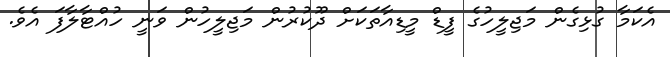
އެކަމާ ގުޅިގެން މަޖިލީހުގެ ފީޑް މީޑިއާތަކަށް ދޫކުރުން މަޖިލީހުން ވަނީ ހުއްޓާލާފަ އެވެ.